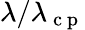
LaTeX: \lambda/\lambda_{\mathrm{~c~p~}}